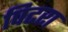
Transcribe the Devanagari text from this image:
पिटरा